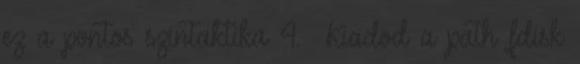
ez a pontos szintaktika 4. Kiadod a path fdisk